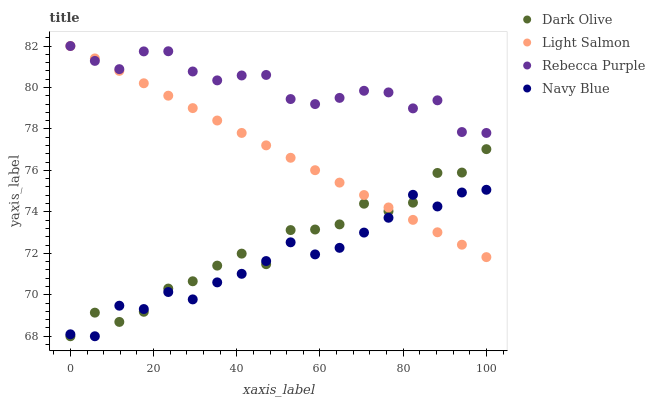
| xaxis_label | Dark Olive | Light Salmon | Rebecca Purple | Navy Blue |
 | --- | --- | --- | --- | --- |
 | 0 | 68 | 82 | 82 | 68.1 |
 | 5.88 | 69.1 | 81.4 | 81.3 | 68 |
 | 11.8 | 68.7 | 80.8 | 80.9 | 69.5 |
 | 17.6 | 69.2 | 80.2 | 81.7 | 69.3 |
 | 23.5 | 70.3 | 79.6 | 81.7 | 70.1 |
 | 29.4 | 70.7 | 79 | 80.8 | 69.8 |
 | 35.3 | 71.4 | 78.4 | 80.3 | 70.6 |
 | 41.2 | 72 | 77.8 | 80.6 | 71 |
 | 47.1 | 71.5 | 77.2 | 80.6 | 71.6 |
 | 52.9 | 73.1 | 76.6 | 79.4 | 72.5 |
 | 58.8 | 73.1 | 76 | 79.2 | 71.9 |
 | 64.7 | 73.4 | 75.4 | 79.5 | 72.3 |
 | 70.6 | 74.4 | 74.8 | 79.8 | 73 |
 | 76.5 | 74 | 74.2 | 79.8 | 73.7 |
 | 82.4 | 74.4 | 73.6 | 79 | 74.8 |
 | 88.2 | 75.9 | 73 | 79.4 | 74.3 |
 | 94.1 | 75.9 | 72.4 | 77.9 | 74.9 |
 | 100 | 77 | 71.8 | 77.8 | 75.1 |